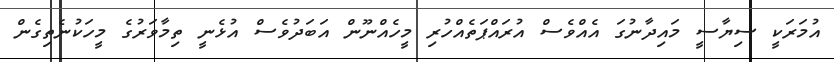
އުމަރަކީ ސިޔާސީ މައިދާނުގަ އެއްވެސް އުރައްޕަތެއްހުރި މީހެއްނޫން އަބަދުވެސް އުޅެނީ ތިމާވަރުގެ މީހަކުނެތިގެން